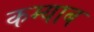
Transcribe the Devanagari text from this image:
कम्याब